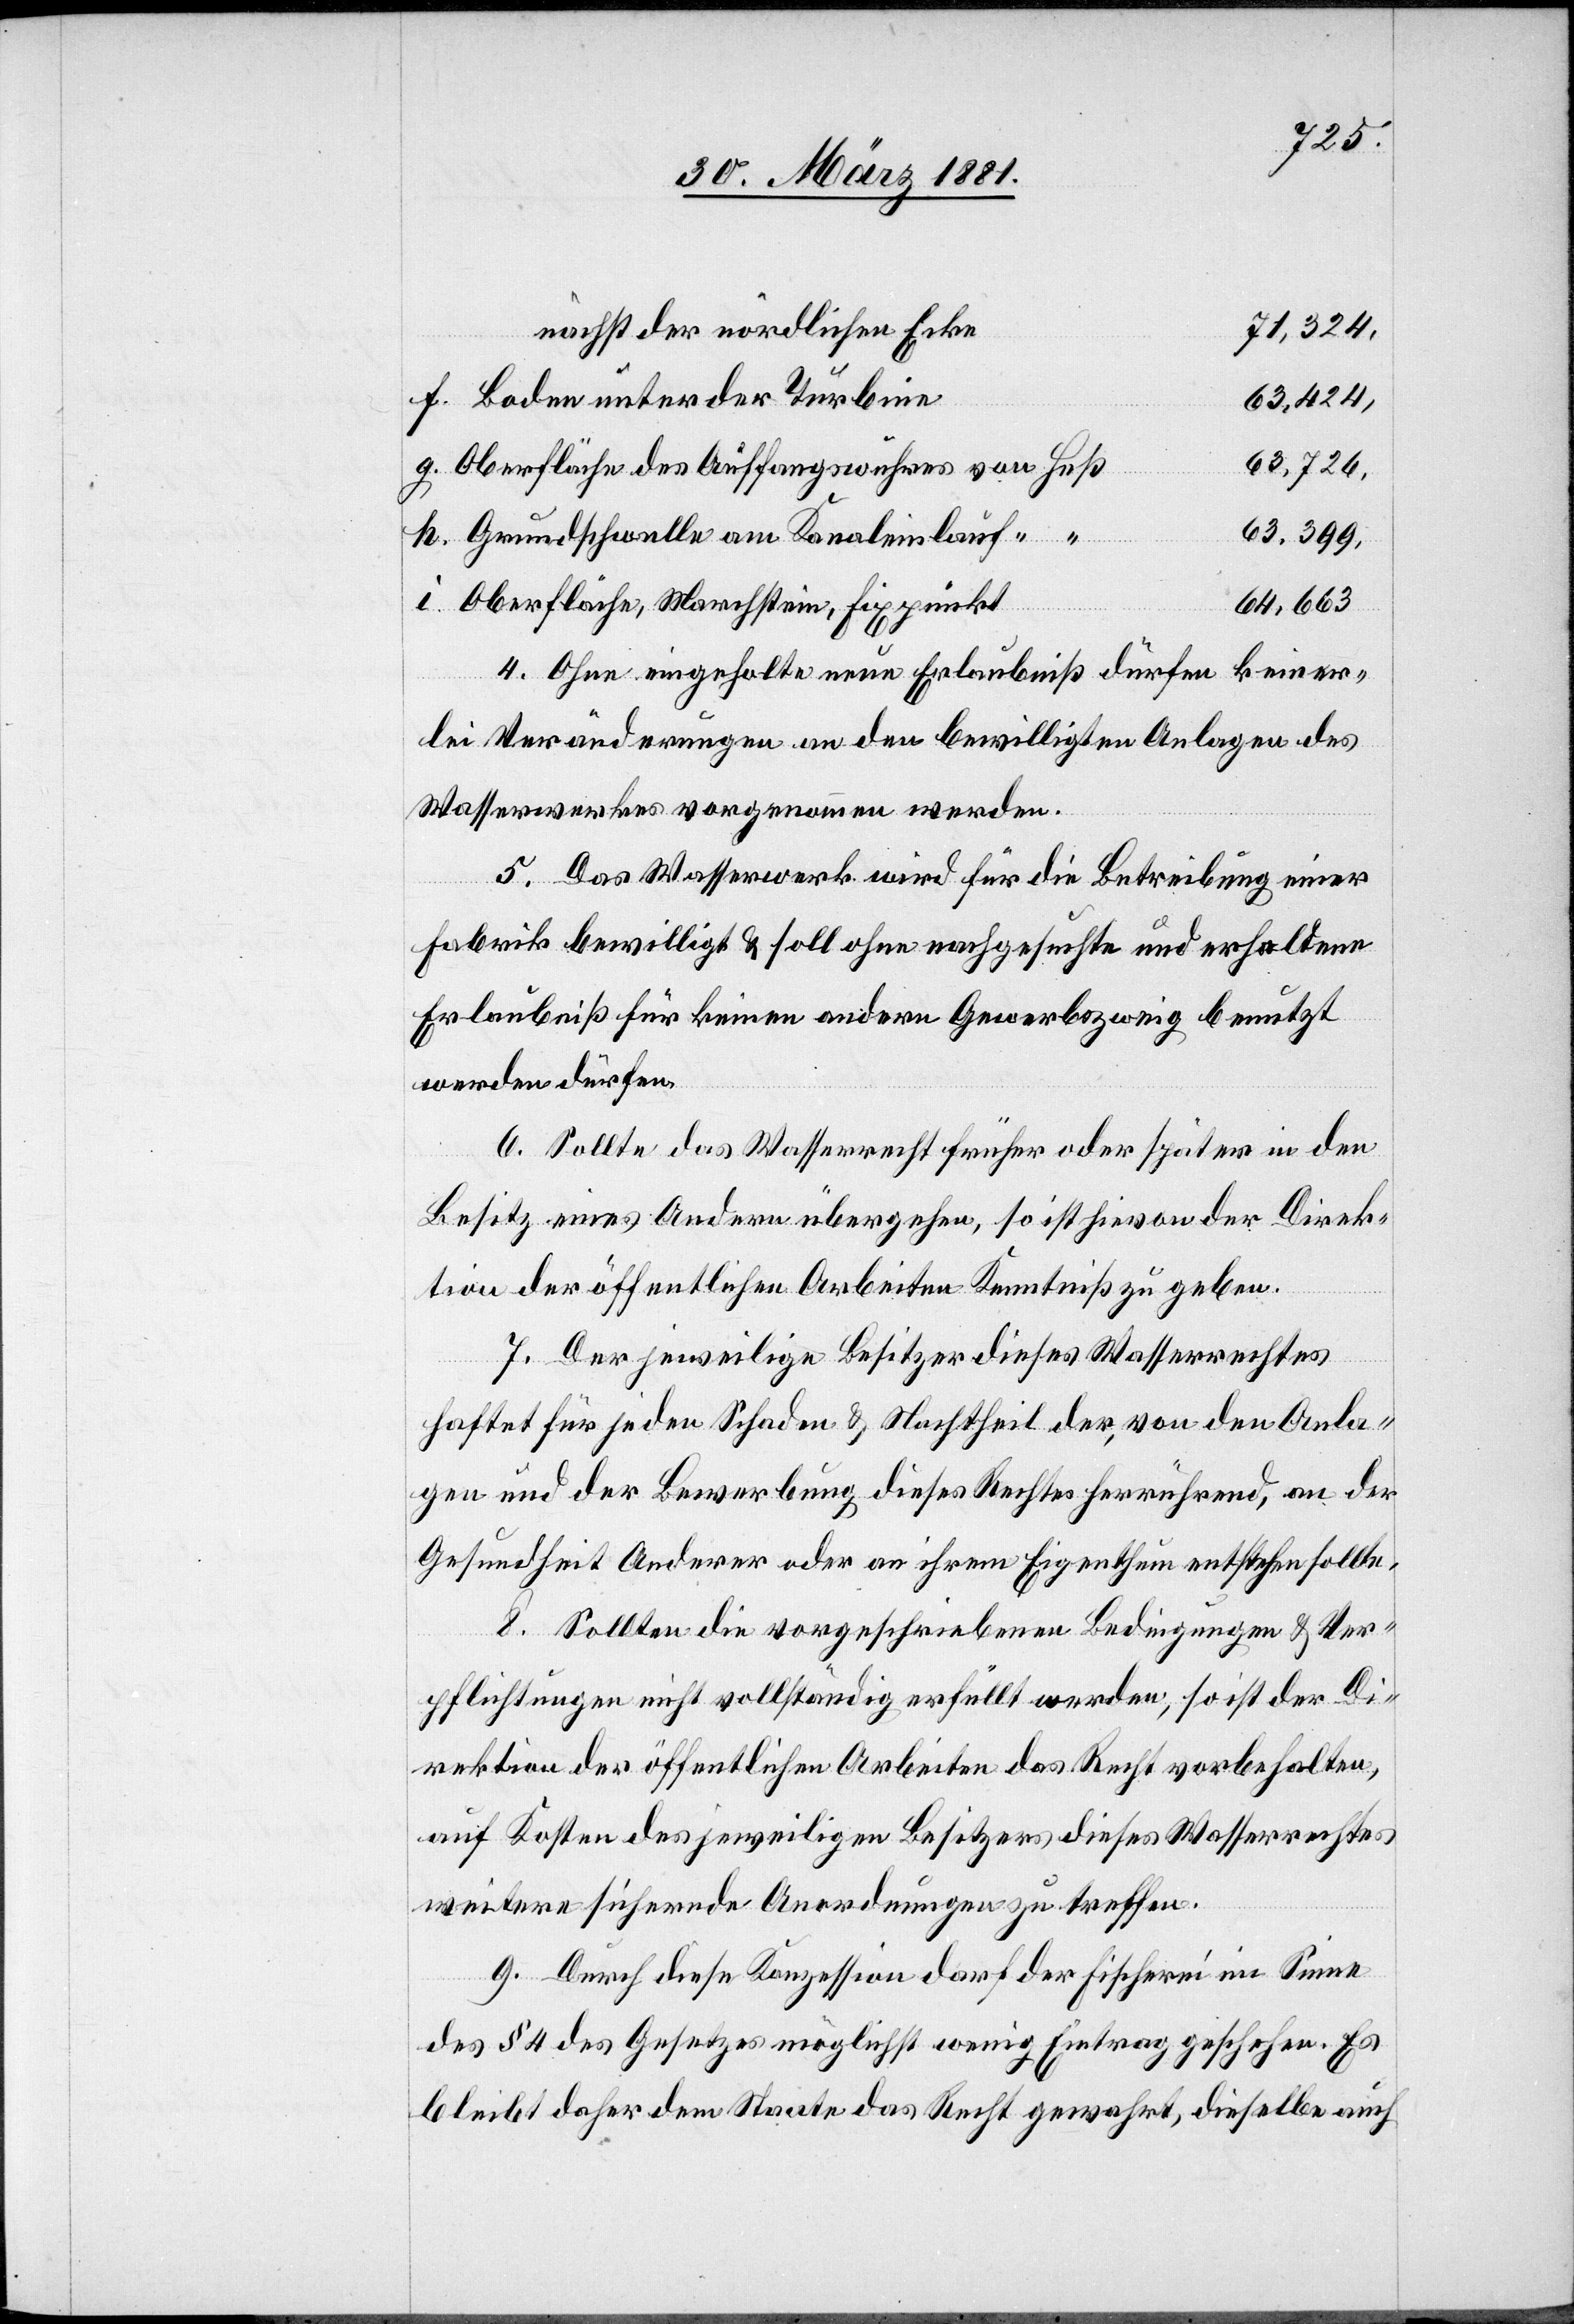
71,324,
nächst der nördlichen Ecke
Boden unter der Turbine
63,424,
Oberfläche des Auffangswuhres vom Heß
63,726,
63,399,
Grundschwelle am Kanaleinlauf “
“
Oberfläche, Marchstein, Fixpunkt
64,663.
4. Ohne eingeholte neue Erlaubniß dürfen keiner¬
lei Veränderung an den bewilligten Anlagen des
Wasserwerkes vorgenommen werden.
i.
5. Das Wasserwerk wird für die Betreibung einer
Fabrik bewilligt & soll ohne nachgesuchte und erhaltene
Erlaubniß für keinen andern Gewerbszweig benutzt
werden dürfen.
6. Sollte das Wasserrecht früher oder später in den
Besitz eines Andern übergehen, so ist hievon der Direk¬
tion der öffentlichen Arbeiten Kenntniß zu geben.
7. Der jeweilige Besitzer dieses Wasserrechtes
haftet für jeden Schaden & Nachtheil der, von den Anla¬
gen und der Bewerbung dieses Rechtes herrührend, an der
Gesundheit Anderer oder an ihrem Eigenthum entstehen sollte.
8. Sollten die vorgeschriebenen Bedingungen & Ver¬
pflichtungen nicht vollständig erfüllt werden, so ist der Di¬
rektion der öffentlichen Arbeiten das Recht vorbehalten,
auf Kosten des jeweiligen Besitzers dieses Wasserrechtes
weitere sichernde Anordnungen zu treffen.
9. Durch diese Konzession darf der Fischerei im Sinne
des § 4 des Gesetzes möglichst wenig Eintrag geschehen. Es
bleibt daher dem Staate das Recht gewahrt, dieselbe auch